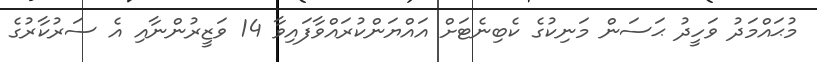
މުޙައްމަދު ވަހީދު ޙަސަން މަނިކުގެ ކެބިނެޓަށް އައްޔަންކުރައްވާފައިވާ 14 ވަޒީރުންނާއި އެ ސަރުކާރުގެ